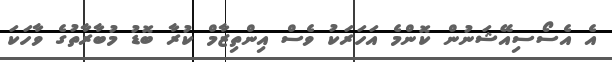
އެ އެސޯސިއޭޝަނުން ކޮންމެ އަހަރަކު ވެސް އިންތިޒާމް ކުރާ ބޮޑު މުބާރާތުގެ ވާހަކަ